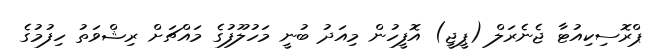
ޕްރޮސިކިއުޓާ ޖެނެރަލް (ޕީޖީ) އޮފީހުން މިއަދު ބުނީ މަހުލޫފުގެ މައްޗަށް ރިޝްވަތު ހިފުމުގެ